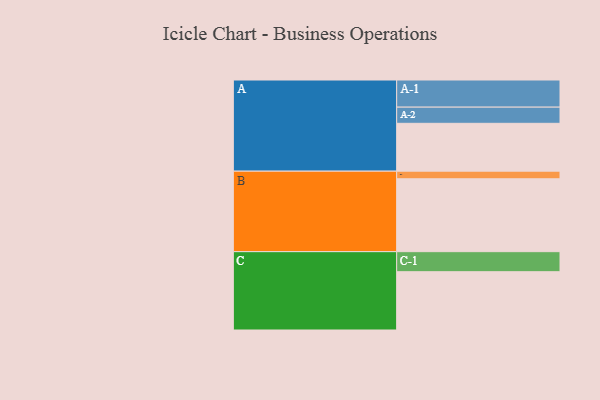
{"axis": {"x": "Segment", "y": "Value"}, "legend": ["", "A", "B", "C"], "data": [{"x": "A", "y": 358, "type": ""}, {"x": "B", "y": 545, "type": ""}, {"x": "C", "y": 436, "type": ""}, {"x": "A-1", "y": 203, "type": "A"}, {"x": "A-2", "y": 121, "type": "A"}, {"x": "B-1", "y": 57, "type": "B"}, {"x": "C-1", "y": 150, "type": "C"}]}